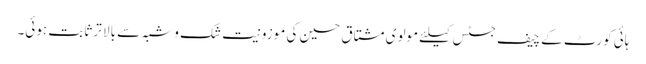
ہائی کورٹ کے چیف جسٹس کیلئے مولوی مشتاق حسین کی موزونیت شک و شبہ سے بالا تر ثابت ہوئی۔